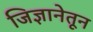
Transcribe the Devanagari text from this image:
जिज्ञानेतून